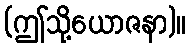
(ဤသို့ယောဇနာ)။